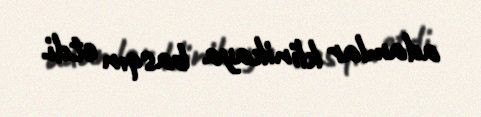
adamlar klinikaya basqın etdi.